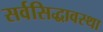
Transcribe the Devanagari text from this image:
सर्वसिद्धावस्था